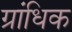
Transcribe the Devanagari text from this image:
ग्रांधिक